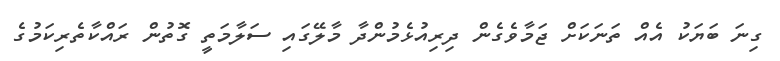
ގިނަ ބަޔަކު އެއް ތަނަކަށް ޖަމާވެގެން ދިރިއުޅެމުންދާ މާލޭގައި ސަލާމަތީ ގޮތުން ރައްކާތެރިކަމުގެ